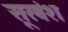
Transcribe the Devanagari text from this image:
सूरवंश